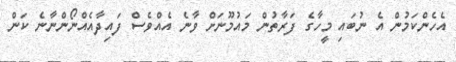
އެހެންކަމުން އެ ނުބައި މީހާގެ ފަރާތުން މައުމޫނަށް ވާނެ އެއްވެސް ފައިދާއެއްނޯންނާނެ ކަން